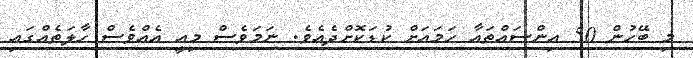
މި ބޭހުން 50 އިންސައްތައާ ހަމައަށް ކުޑަކޮށްދެއެވެ. ނަމަވެސް މިއީ އެއްވެސް ހާލަތެއްގައި